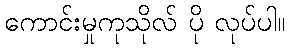
ကောင်းမှုကုသိုလ် ပို လုပ်ပါ။